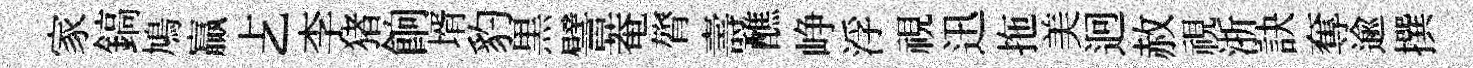
家鎬鳩贏𠧒李猪餉壻豹黒譬菴膂壽醮峥浮視迅拖美迥赦視浙訣奪逾撰